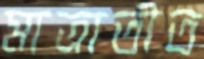
মাত্রাতীত